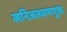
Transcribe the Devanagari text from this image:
खनिजलवणयुक्त